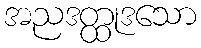
အညဒတ္ထုဒသော